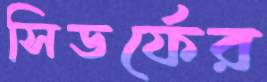
সিডর্ফের